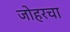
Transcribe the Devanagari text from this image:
जोहरचा